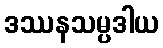
ဒဿနသမ္ပဒါယ